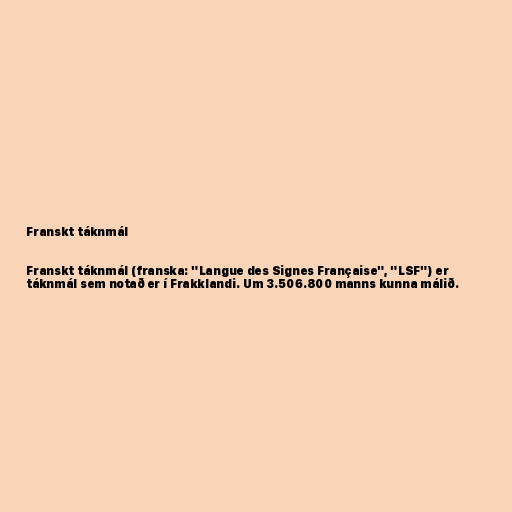
Franskt táknmál

Franskt táknmál (franska: "Langue des Signes Française", "LSF") er
táknmál sem notað er í Frakklandi. Um 3.506.800 manns kunna málið.